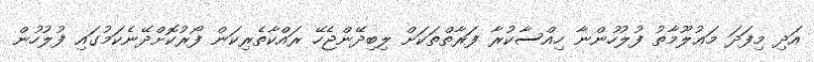
އަދި މިފަދަ މަޢުލޫމާތު ފުލުހުންނާ ހިއްސާކުރާ ފަރާތްތަކަށް ލިބިދޭންޖެހޭ ރައްކާތެރިކަން ފޯރުކޮށްދޭނެކަމުގައި ފުލުހުން